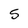
Character: 5